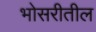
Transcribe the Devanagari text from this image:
भोसरीतील